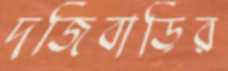
দর্জিবাড়ির